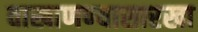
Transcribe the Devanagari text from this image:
वाखाणण्यासारखा